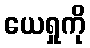
ယေရှုကို